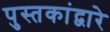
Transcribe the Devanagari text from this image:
पुस्तकांद्वारे